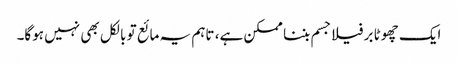
ایک چھوٹا برفیلا جسم بننا ممکن ہے، تاہم یہ مائع تو بالکل بھی نہیں ہوگا۔